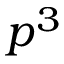
p ^ { 3 }